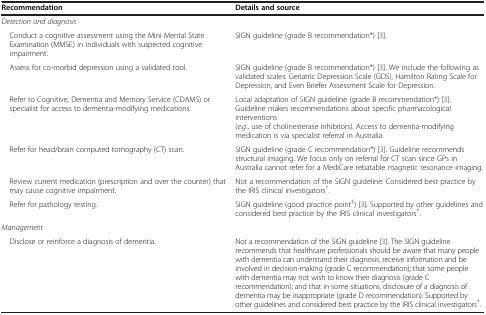
<table><thead><tr><td><b>Recommendation</b></td><td><b>Details and source</b></td></tr></thead><tbody><tr><td><i>Detection and diagnosis</i></td><td> </td></tr><tr><td> Conduct a cognitive assessment using the Mini Mental State Examination (MMSE) in individuals with suspected cognitive impairment.</td><td>SIGN guideline (grade B recommendation*) [3].</td></tr><tr><td> Assess for co-morbid depression using a validated tool.</td><td>SIGN guideline (grade B recommendation*) [3]. We include the following as validated scales: Geriatric Depression Scale (GDS), Hamilton Rating Scale for Depression, and Even Briefer Assessment Scale for Depression.</td></tr><tr><td> Refer to Cognitive, Dementia and Memory Service (CDAMS) or specialist for access to dementia-modifying medications.</td><td>Local adaptation of SIGN guideline (grade B recommendation*) [3]. Guideline makes recommendations about specific pharmacological interventions (<i>e</i>.<i>g</i>., use of cholinesterase inhibitors). Access to dementia-modifying medication is via specialist referral in Australia.</td></tr><tr><td> Refer for head/brain computed tomography (CT) scan.</td><td>SIGN guideline (grade C recommendation*) [3]. Guideline recommends structural imaging. We focus only on referral for CT scan since GPs in Australia cannot refer for a MediCare rebatable magnetic resonance imaging.</td></tr><tr><td> Review current medication (prescription and over the counter) that may cause cognitive impairment.</td><td>Not a recommendation of the SIGN guideline. Considered best practice by the IRIS clinical investigators<sup>†</sup>.</td></tr><tr><td> Refer for pathology testing.</td><td>SIGN guideline (good practice point<sup>‡</sup>) [3]. Supported by other guidelines and considered best practice by the IRIS clinical investigators<sup>†</sup>.</td></tr><tr><td><i>Management</i></td><td> </td></tr><tr><td> Disclose or reinforce a diagnosis of dementia.</td><td>Not a recommendation of the SIGN guideline [3]. The SIGN guideline recommends that healthcare professionals should be aware that many people with dementia can understand their diagnosis, receive information and be involved in decision-making (grade C recommendation); that some people with dementia may not wish to know their diagnosis (grade C recommendation); and that in some situations, disclosure of a diagnosis of dementia may be inappropriate (grade D recommendation). Supported by other guidelines and considered best practice by the IRIS clinical investigators<sup>†</sup>.</td></tr></tbody></table>